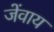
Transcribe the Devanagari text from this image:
जेंवाय